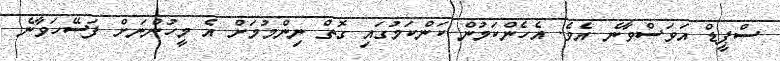
ސްޕީޑް އަވަސްވާނެ އެވެ. އެހެންކަމުން ކަންކަމުގައި ގޮތް ނިންމުމަށް އެ މީހުންނަށް ފަސޭހަވާނެ